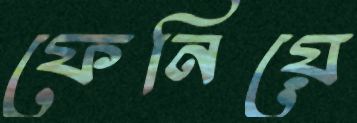
ফেনিয়ে